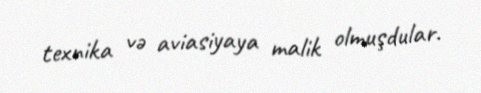
texnika və aviasiyaya malik olmuşdular.